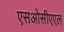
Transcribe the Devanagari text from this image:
एसओसीएएल